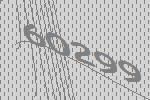
60299